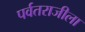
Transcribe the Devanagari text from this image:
पर्वतराजीला